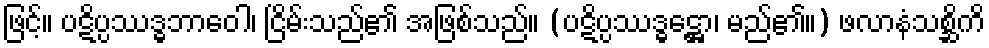
ဖြင့်။ ပဋိပ္ပဿဒ္ဓဘာဝေါ၊ ငြိမ်းသည်၏ အဖြစ်သည်။ (ပဋိပ္ပဿဒ္ဓဋ္ဌော၊ မည်၏။) ဖလာနံသစ္ဆိကိ